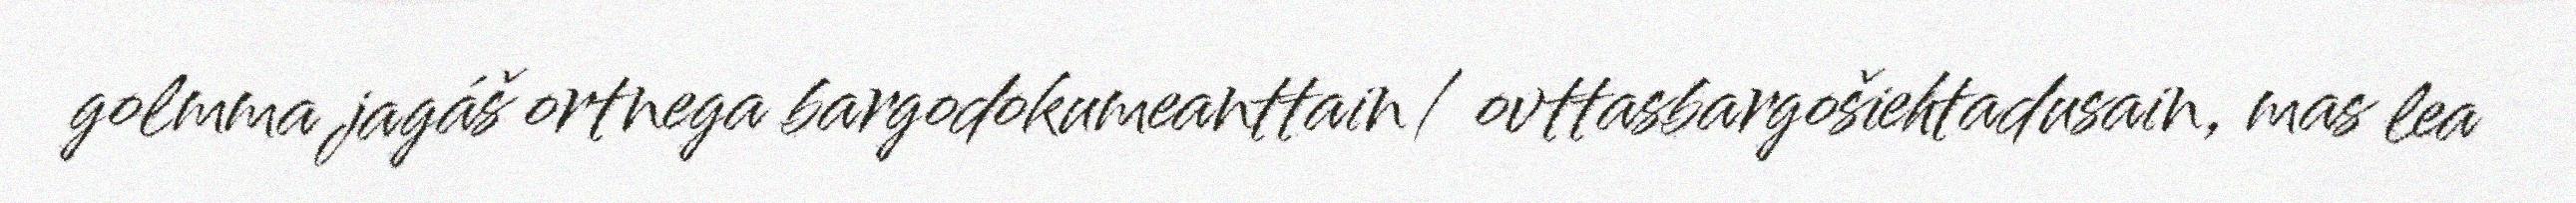
golmma jagáš ortnega bargodokumeanttain/ ovttasbargošiehtadusain, mas lea